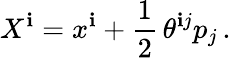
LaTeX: X^{\mathbf{i}}=x^{\mathbf{i}}+\frac{{1}}{{2}}\, \theta^{\mathbf{i}j}p_{j}\, .